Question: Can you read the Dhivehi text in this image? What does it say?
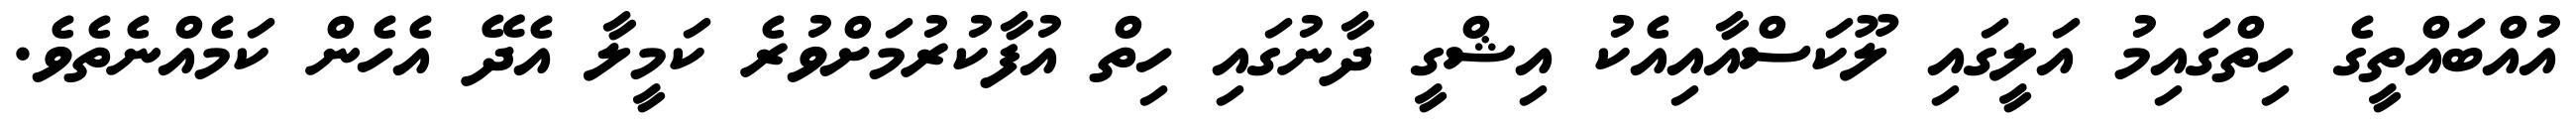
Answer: އުއްބައްތީގެ ހިތްގައިމު އަލީގައި ލޫކަސްއާއިއެކު އިޝްގީ ދާނުގައި ހިތް އުފާކުރުމަށްވުރެ ކަމީލާ އެދޭ އެހެން ކަމެއްނެތެވެ.